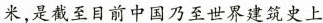
米，是截至目前中国乃至世界建筑史上